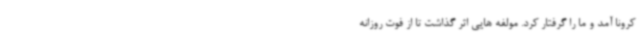
کرونا آمد و ما را گرفتار کرد. مولفه ‌هایی اثر گذاشت تا از فوت روزانه